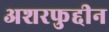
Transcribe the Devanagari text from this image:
अशरफुद्दीन